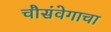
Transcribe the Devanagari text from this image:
चौसंवेगाचा